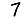
Digit: 7